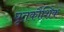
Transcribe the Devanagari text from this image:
घृतकौशिक